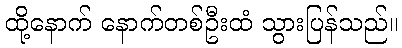
ထို့နောက် နောက်တစ်ဦးထံ သွားပြန်သည်။